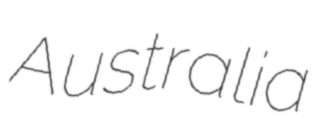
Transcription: Australia